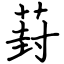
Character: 葑